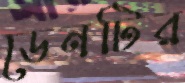
ডেনটির